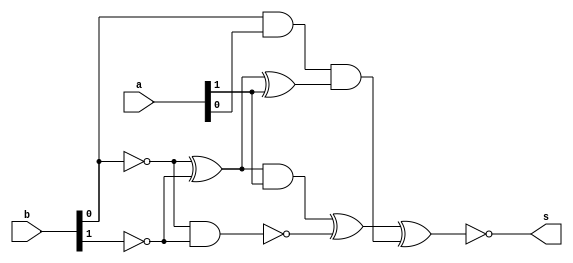
// -------------------------
// Exercicio07
// Nome: Willian Antonio dos Santos
// -------------------------
// -------------------------
// comparador de maior ou igual
// -------------------------
module comp2 (output s, input [1:0] a, input [1:0] b);
       wire [1:0] s1;
       wire [1:0] s2;
       wire [1:0] s3;
       wire s4;
       wire [1:0] s5;
       // Portas logicas
       // Complemento de 1 e soma 1 ja inserido para fazer a subtracao 3 bits de a - b
       // O ultimo bit e' o sinal e consequentemente indica qual numero e' maior ou se os dois sao iguais.
       not N1 (s1[0],b[0]);
       not N2 (s1[1],b[1]);
       xor X1 (s2[0], s1[0], s1[1]);
       nand NA1 (s2[1], s1[0], s1[1]);
       xor X2 (s3[0], s2[0], a[1]);
       and A1 (s3[1], s2[0], a[1]);
       and A2 (s4, b[0], a[0]);
       and A3 (s5[0], s4, s3[0]);
       xor X3 (s5[1], s3[1], s2[1]);
       xnor XN1 (s, s5[1], s5[0]);
endmodule // comp2

module test_comp2;
       // ------------------------- definir dados
       reg [1:0] x;
       reg [1:0] y;
       wire z;
       comp2 modulo (z, x, y);
       // ------------------------- parte principal
       initial begin
               $display("Exercicio07 - Willian Antonio dos Santos - 462020");
               $display("Teste do comparador, maior ou igual (1)");
               x = 0; y = 0;
               $monitor("Entradas: %2b %2b => Saidas: %b",x,y,z);
               repeat (3) begin
                      #1 y = y + 1;
               end
               #1 $display("----------------------------");
               repeat (3) begin
                      #1 x = x + 1;y = y + 1;
                      repeat (3) begin
                             #1 y = y + 1;
                      end
                      #1 $display("----------------------------");
               end
       end
endmodule // test_comp2